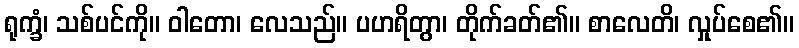
ရုက္ခံ၊ သစ်ပင်ကို။ ဝါတော၊ လေသည်။ ပဟရိတွာ၊ တိုက်ခတ်၏။ စာလေတိ၊ လှုပ်စေ၏။